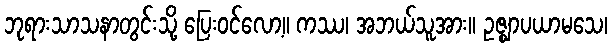
ဘုရားသာသနာတွင်းသို့ ပြေးဝင်လော့။ ကဿ၊ အဘယ်သူအား။ ဥဇ္ဈာပယာမသေ၊